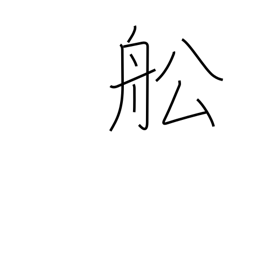
Meaning: vessel